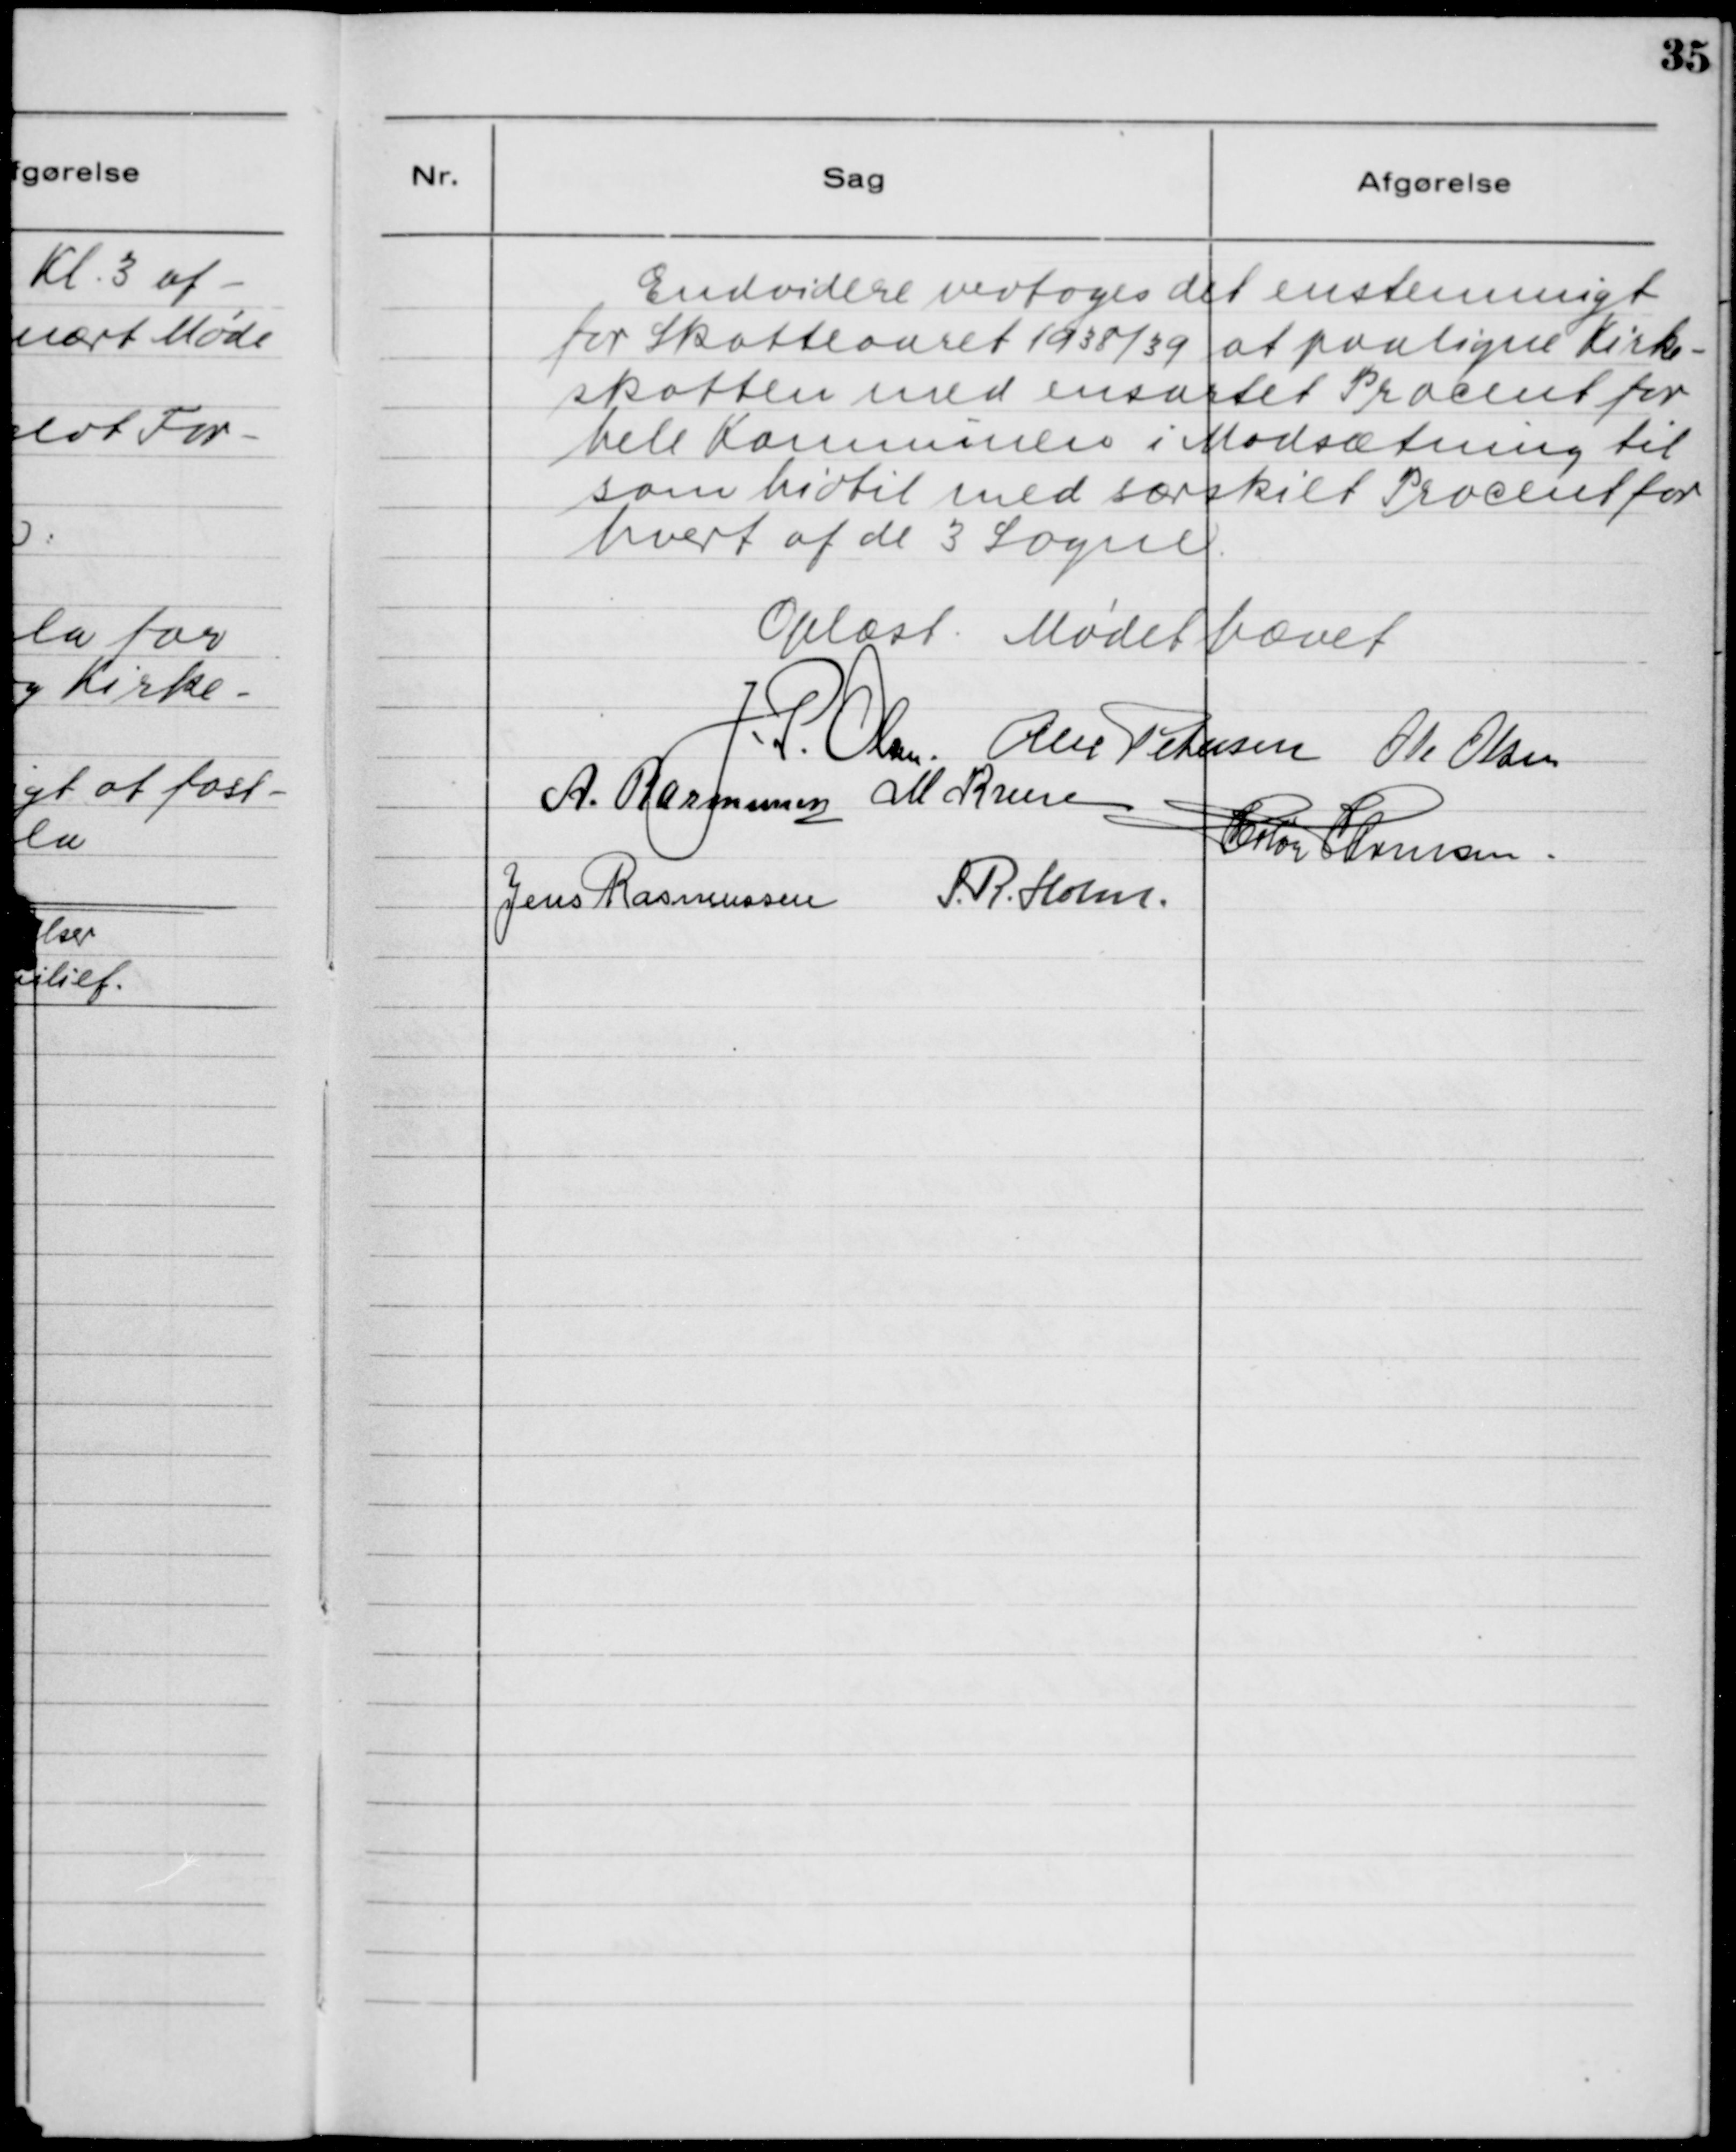
Transskription:
Endvidere vedtoges det ensstemmigt
for Skatteaaret 1938/39 at paaligne Kirke-
skatten med ensartet Procent for
hele Kommunen i Modsætning til
som hidtil med særskilt Procent for
hvert af de 3 Sogne.

Oplæst. Mødet hævet